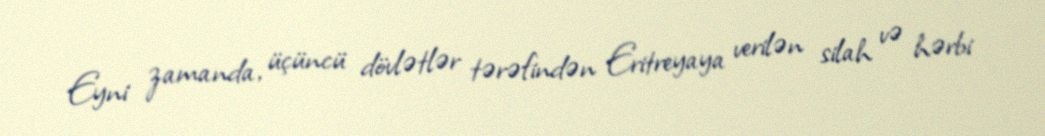
Eyni zamanda, üçüncü dövlətlər tərəfindən Eritreyaya verilən silah və hərbi